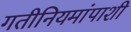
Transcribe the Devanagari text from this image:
गतीनियमांपाशी